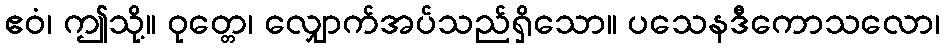
ဧဝံ၊ ဤသို့။ ဝုတ္တေ၊ လျှောက်အပ်သည်ရှိသော။ ပသေနဒီကောသလော၊